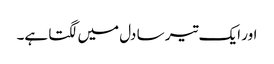
اور ایک تیر سا دل میں لگتا ہے۔